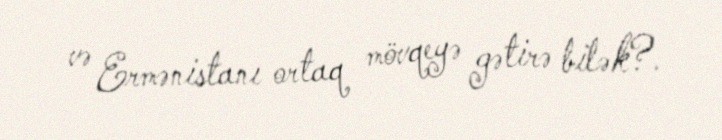
və Ermənistanı ortaq mövqeyə gətirə bilək?.